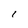
Character: 1